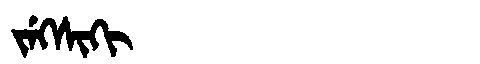
Manchu: ᠵᡝᡴᠰᡳᡴᡳ
Romanization: JEKSIKI